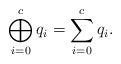
LaTeX: \begin{align*}\bigoplus_{i=0}^c q_i = \sum_{i=0}^c q_i.\end{align*}